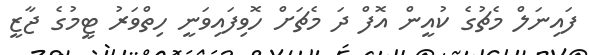
ފައިނަލް މެޗުގެ ކުއީން އޮފް ދަ މެޗަށް ހޮވިފައިވަނީ ހިތްވަރު ޓީމުގެ ޖާޒީ